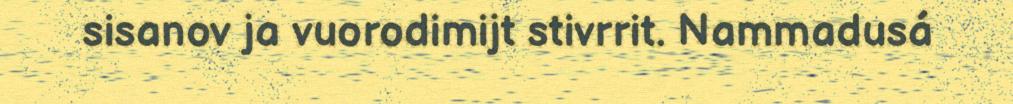
sisanov ja vuorodimijt stivrrit. Nammadusá